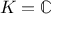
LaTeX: K = \mathbb { C }